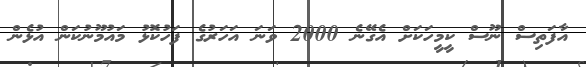
އާފަތިސް ނޫސް ކީމީހަކަށް އެގޭނެ 2000 ވަނަ އަހަރުގެ ފަހުކޮޅު މައުމޫނުކަން އުޅެން